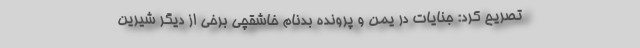
تصریح کرد: جنایات در یمن و پرونده بدنام خاشقچی برخی از دیگر شیرین